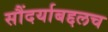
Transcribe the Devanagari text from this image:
सौंदर्याबद्दलच